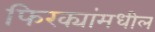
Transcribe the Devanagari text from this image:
फिरक्यांमधील